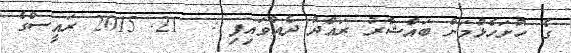
ގެ ހުށަހެޅުމަށް ބައްޝާރު ރައްދު ދެއްވައިފި :  21